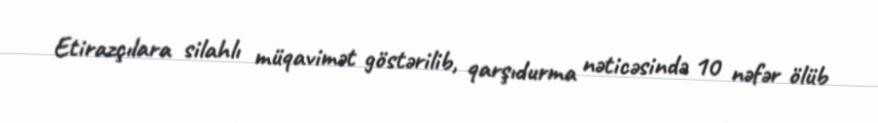
Etirazçılara silahlı müqavimət göstərilib, qarşıdurma nəticəsində 10 nəfər ölüb